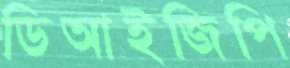
ডিআইজিপি